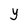
Character: Y